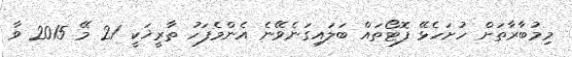
މިމުބާރާތަށް ހުށަހެޅޭ ފޮޓޯތައް ބަލައިގަނެވޭނެ އެންމެފަހު ތާރީޚަކީ 21 މޭ 2015 ވާ